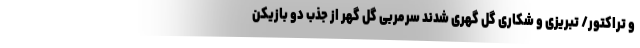
و تراکتور/ تبریزی و شکاری گل گهری شدند سرمربی گل گهر از جذب دو بازیکن